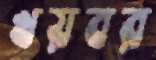
খয়বর